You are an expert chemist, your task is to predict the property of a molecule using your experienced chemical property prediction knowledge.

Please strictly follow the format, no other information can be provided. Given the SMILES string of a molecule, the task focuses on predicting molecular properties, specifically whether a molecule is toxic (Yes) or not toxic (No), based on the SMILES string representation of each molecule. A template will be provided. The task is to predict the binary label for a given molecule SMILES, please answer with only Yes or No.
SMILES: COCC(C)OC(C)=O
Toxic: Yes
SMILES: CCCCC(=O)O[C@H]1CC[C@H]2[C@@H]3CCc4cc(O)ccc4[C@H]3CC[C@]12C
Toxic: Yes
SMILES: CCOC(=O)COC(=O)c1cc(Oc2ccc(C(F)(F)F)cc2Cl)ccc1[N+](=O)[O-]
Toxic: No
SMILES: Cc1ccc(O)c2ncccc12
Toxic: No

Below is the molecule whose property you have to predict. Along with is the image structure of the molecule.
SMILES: C=C(C)C(=O)Nc1ccc(Cl)c(Cl)c1
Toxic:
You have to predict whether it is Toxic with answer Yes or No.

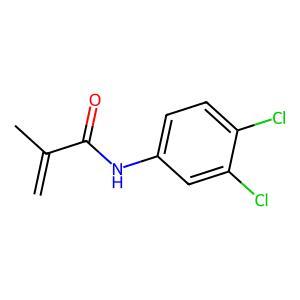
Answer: No